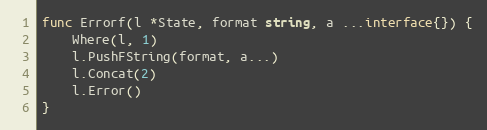
Language: Go
func Errorf(l *State, format string, a ...interface{}) {
	Where(l, 1)
	l.PushFString(format, a...)
	l.Concat(2)
	l.Error()
}